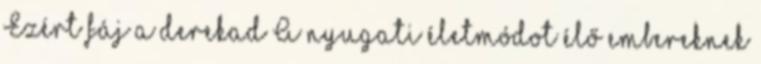
Ezért fáj a derekad A nyugati életmódot élő embereknek